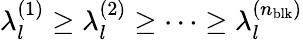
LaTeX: \lambda_{l}^{(1)}\geq\lambda_{l}^{(2)}\geq\cdots\geq\lambda_{l}^{(n_{\mathrm{blk}})}